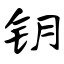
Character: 钥